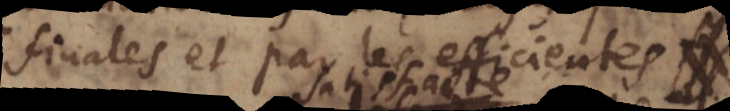
finales et par les efficientes,